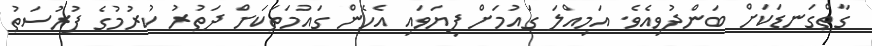
ގާތްގަނޑަކަށް ބަންދުވިއެވެ. އަމިއްލަ ގައުމަށް ފިޔަވައި އެހެން ގައުމަތަކަށް ދަތުރު ކުރުމުގެ ފުރުސަތު